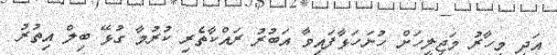
އަދި މިހާރު މަޖިލީހަށް ހުށަހަޅާފައިވާ އަބުރު ރައްކާތެރި ކުރުމާ ގުޅޭ ބިލް އިތުރު